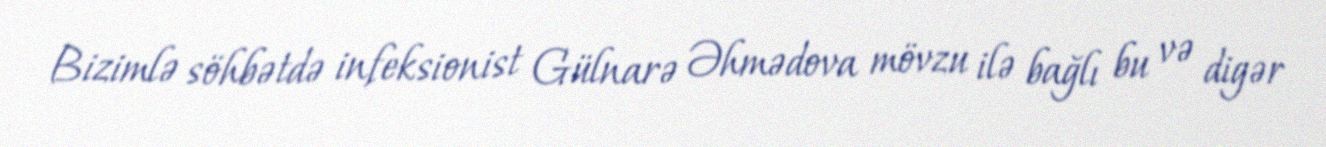
Bizimlə söhbətdə infeksionist Gülnarə Əhmədova mövzu ilə bağlı bu və digər